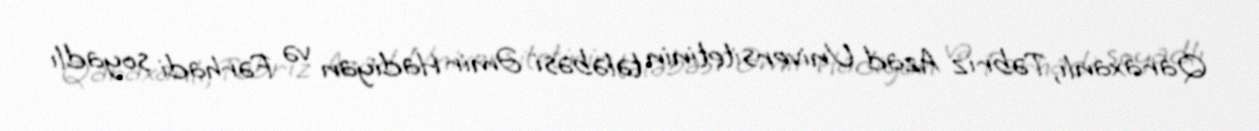
Qaraxanlı, Təbriz Azad Universitetinin tələbəsi Əmir Hadiyan və Fərhadi soyadlı